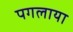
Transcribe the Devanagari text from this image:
पगलाया